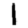
Digit: 1